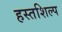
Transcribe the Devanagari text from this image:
हस्तशिल्‍प